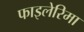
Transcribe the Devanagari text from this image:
फाइलेरिमा